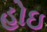
હોઇ